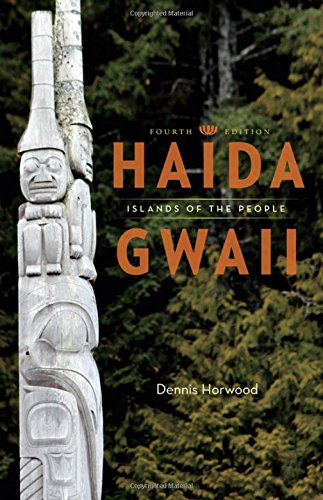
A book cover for Haida Gwaii: Islands of the People, Fourth Edition; Dennis Horwood; Travel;